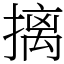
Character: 摛